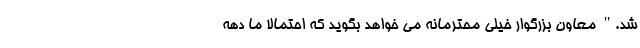
شد." معاون بزرگوار خیلی محترمانه می خواهد بگوید که احتمالا ما دهه